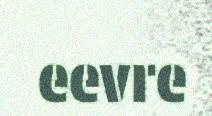
eevre